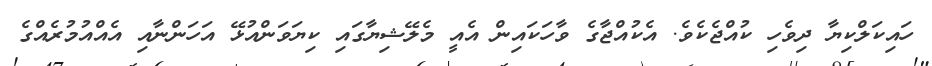
ހައިކަލްކިޔާ ދިވެހި ކުއްޖެކެވެ. އެކުއްޖާގެ ވާހަކައިން އެއީ މެލޭޝިޔާގައި ކިޔަވަންއުޅޭ އަހަންނާއި އެއްއުމުރެއްގެ